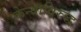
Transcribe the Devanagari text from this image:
केन्याविरुद्ध